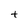
Character: t